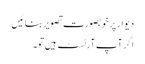
دیوار پر خوبصورت تصویر بنائیں
اگر آپ آرٹسٹ ہیں تو۔